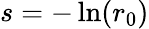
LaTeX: s=-\ln(r_{0})